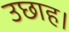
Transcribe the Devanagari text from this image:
उछाह।